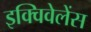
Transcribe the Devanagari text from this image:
इक्विवेलेंस